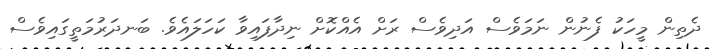
ދެތިން މީހަކު ފެނުން ނަމަވެސް އަދިވެސް ރަށް އެއްކޮށް ނިދާފައިވާ ކަހަލައެވެ. ބަނދަރުމަތީގައިވެސް